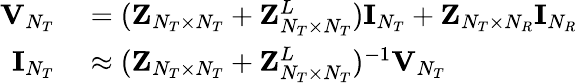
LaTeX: \begin{array}{rl}{{\mathbf{V}}_{N_{T}}}&{{}=({\mathbf{Z}}_{N_{T}\times N_{T}}+{\mathbf{Z}}_{N_{T}\times N_{T}}^{L}){\mathbf{I}}_{N_{T}}+{\mathbf{Z}}_{N_{T}\times N_{R}}{\mathbf{I}}_{N_{R}}}\\ {{\mathbf{I}}_{N_{T}}}&{{}\approx({\mathbf{Z}}_{N_{T}\times N_{T}}+{\mathbf{Z}}_{N_{T}\times N_{T}}^{L})^{-1}{\mathbf{V}}_{N_{T}}}\end{array}